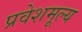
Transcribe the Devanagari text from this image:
प्रवेशमूल्य